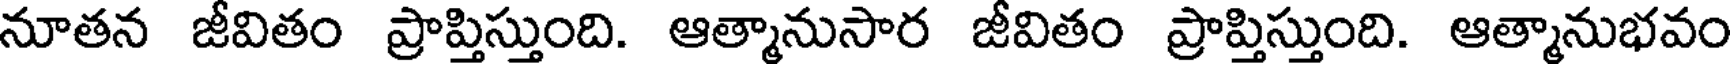
నూతన జీవితం ప్రాప్తిస్తుంది. ఆత్మానుసార జీవితం ప్రాప్తిస్తుంది. ఆత్మానుభవం